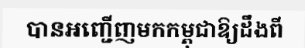
បានអញ្ជើញមកកម្ពុជាឱ្យដឹងពី